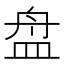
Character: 盘